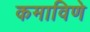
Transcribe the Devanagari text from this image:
कमाविणे